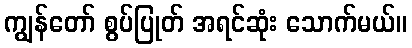
ကျွန်တော် စွပ်ပြုတ် အရင်ဆုံး သောက်မယ်။